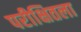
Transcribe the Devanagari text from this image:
परीक्षितला